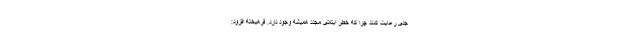
جدی رعایت کنند چرا که خطر ابتلای مجدد همیشه وجود دارد. فرهیخته افزود: